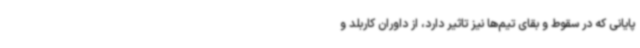
پایانی که در سقوط و بقای تیم‌ها نیز تاثیر دارد، از داوران کاربلد و